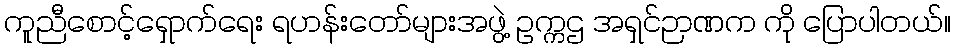
ကူညီစောင့်ရှောက်ရေး ရဟန်းတော်များအဖွဲ့ ဥက္ကဌ အရှင်ဉာဏက ကို ပြောပါတယ်။